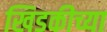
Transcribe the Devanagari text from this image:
खिडकीच्या